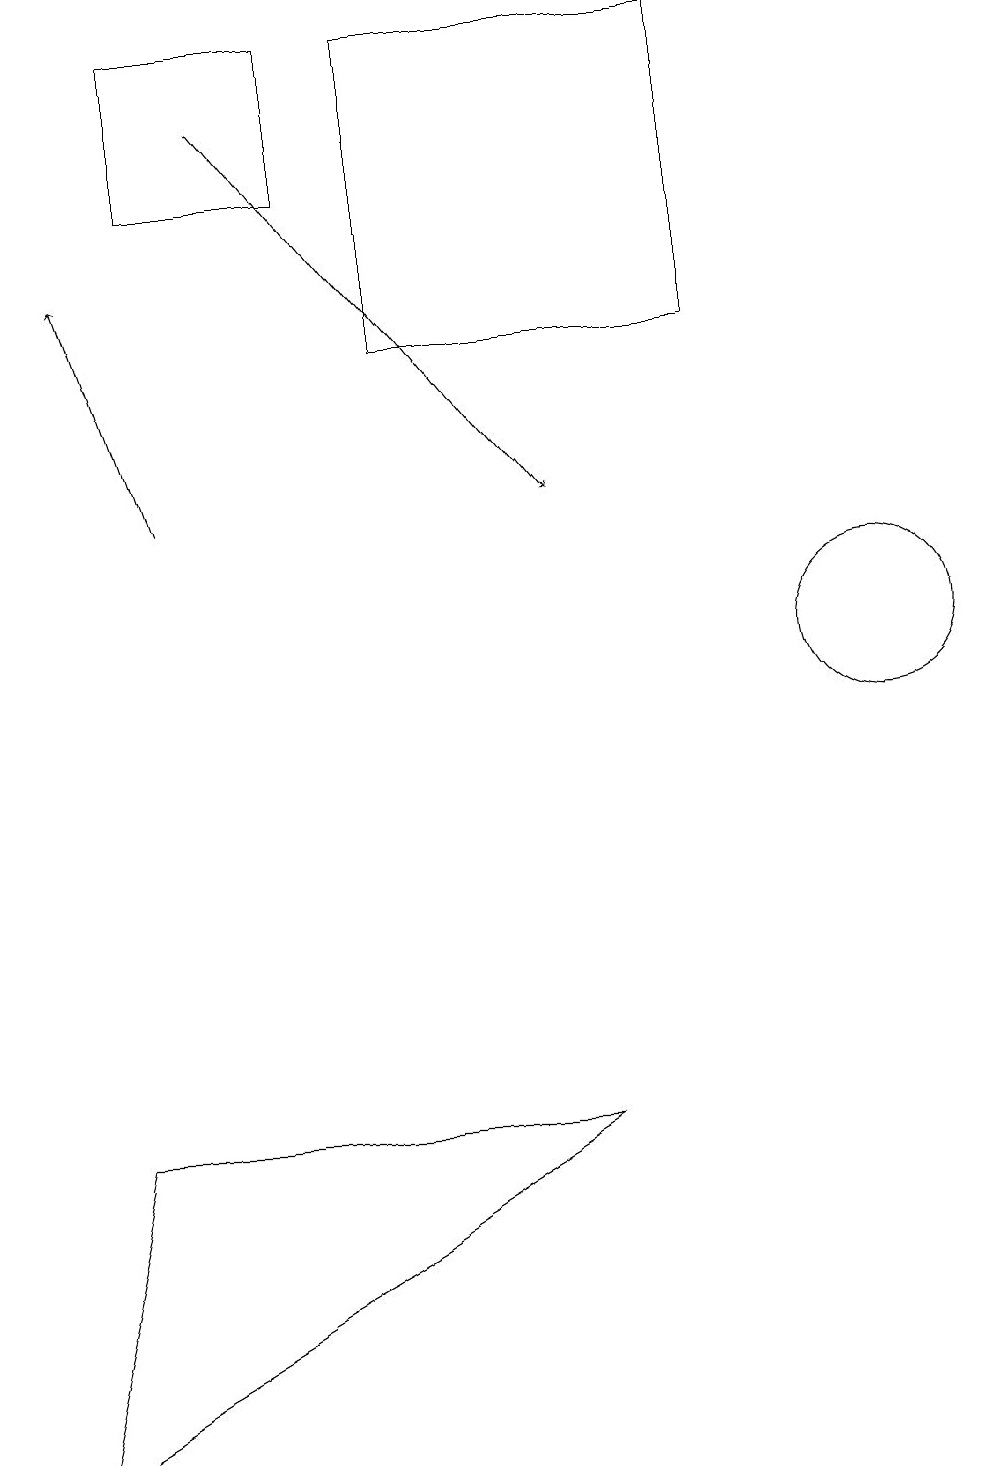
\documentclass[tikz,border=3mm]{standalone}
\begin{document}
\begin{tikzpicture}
\draw (5,14) rectangle (9,18);
\draw (11,10) circle (1);
\draw (10,12) circle (0);
\draw (2,16) rectangle (4,18);
\draw (0,0) -- (7,4) -- (1,4) -- cycle;
\draw[->] (2,12) -- (1,15);
\draw[->] (3,17) -- (7,12);
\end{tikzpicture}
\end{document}